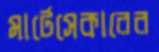
মার্টেসেকারের